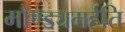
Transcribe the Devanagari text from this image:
मौण्ड्यमर्हति